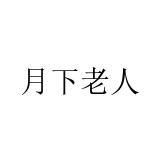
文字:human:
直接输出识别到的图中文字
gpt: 月下老人